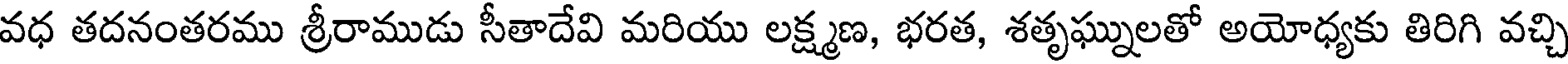
వధ తదనంతరము శ్రీరాముడు సీతాదేవి మరియు లక్ష్మణ, భరత, శతృఘ్నులతో అయోధ్యకు తిరిగి వచ్చి